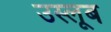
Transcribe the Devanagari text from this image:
उस्लूब